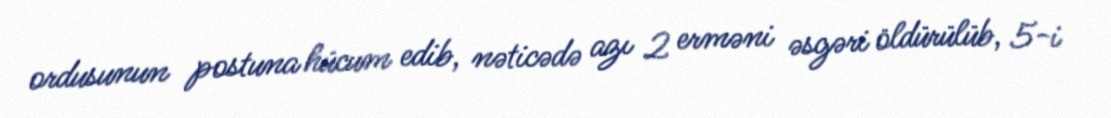
ordusunun postuna hücum edib, nəticədə azı 2 erməni əsgəri öldürülüb, 5-i